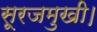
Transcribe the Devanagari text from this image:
सूरजमुखी।